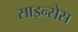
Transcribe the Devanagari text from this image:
साइन्सेस